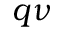
\boldsymbol { q } \nu